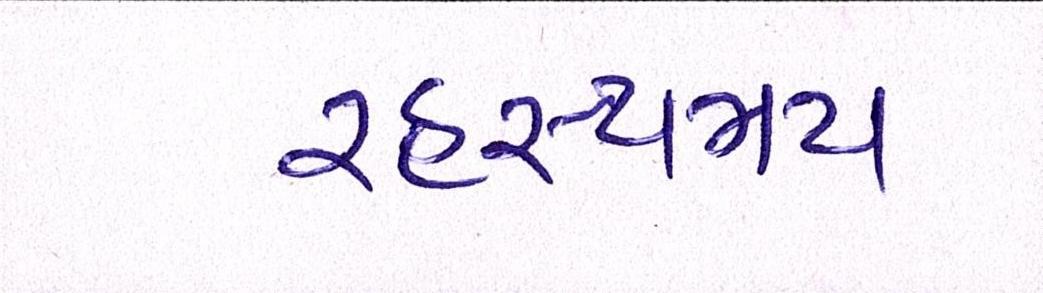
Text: રહસ્યમય